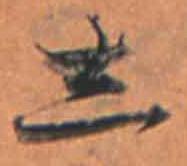
し